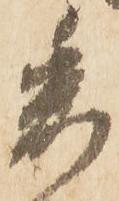
委